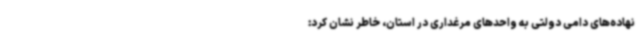
نهاده‌های دامی دولتی به واحدهای مرغداری در استان، خاطر نشان کرد: